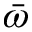
\bar { \omega }